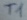
Text: T1